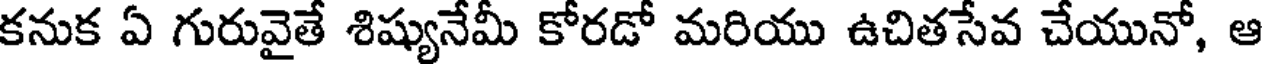
కనుక ఏ గురువైతే శిష్యునేమీ కోరడో మరియు ఉచితసేవ చేయునో, ఆ